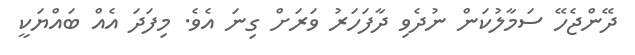
ދޭންޖެހޭ ސަމާލުކަން ނުދެވި ދާފަހަރު ވަރަށް ގިނަ އެވެ. މިފަދަ އެއް ބައްޔަކީ